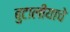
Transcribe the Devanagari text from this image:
बुटालीयाचे